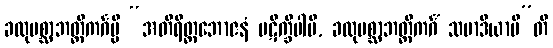
ခလုပစ္ဆာဘတ္တိကင်္ဂမ္ပိ “အတိရိတ္တဘောဇနံ ပဋိက္ခိပါမိ, ခလုပစ္ဆာဘတ္တိကင်္ဂံ သမာဒိယာမီ”တိ